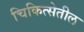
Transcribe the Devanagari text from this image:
चिकित्सेतील